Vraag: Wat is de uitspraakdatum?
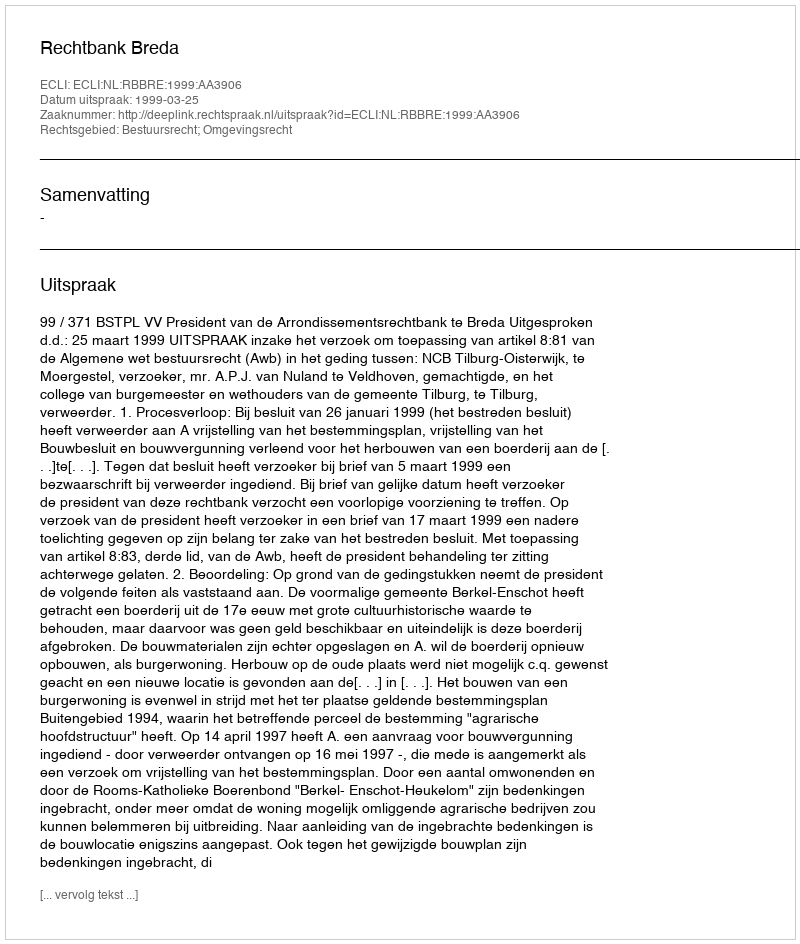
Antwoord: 1999-03-25